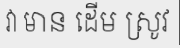
វា មាន ដើម ស្រូវ